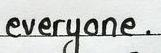
everyone .